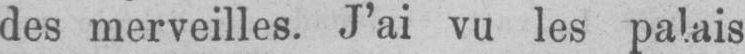
des merveilles. J’ai vu les palais